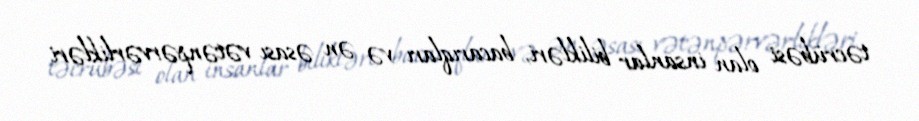
təcrübəsi olan insanlar bilikləri, bacarıqları və ən əsası vətənpərvərlikləri